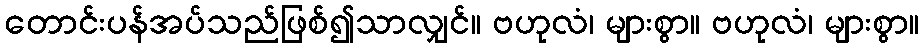
တောင်းပန်အပ်သည်ဖြစ်၍သာလျှင်။ ဗဟုလံ၊ များစွာ။ ဗဟုလံ၊ များစွာ။